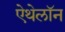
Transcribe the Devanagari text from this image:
ऐथेलॉन